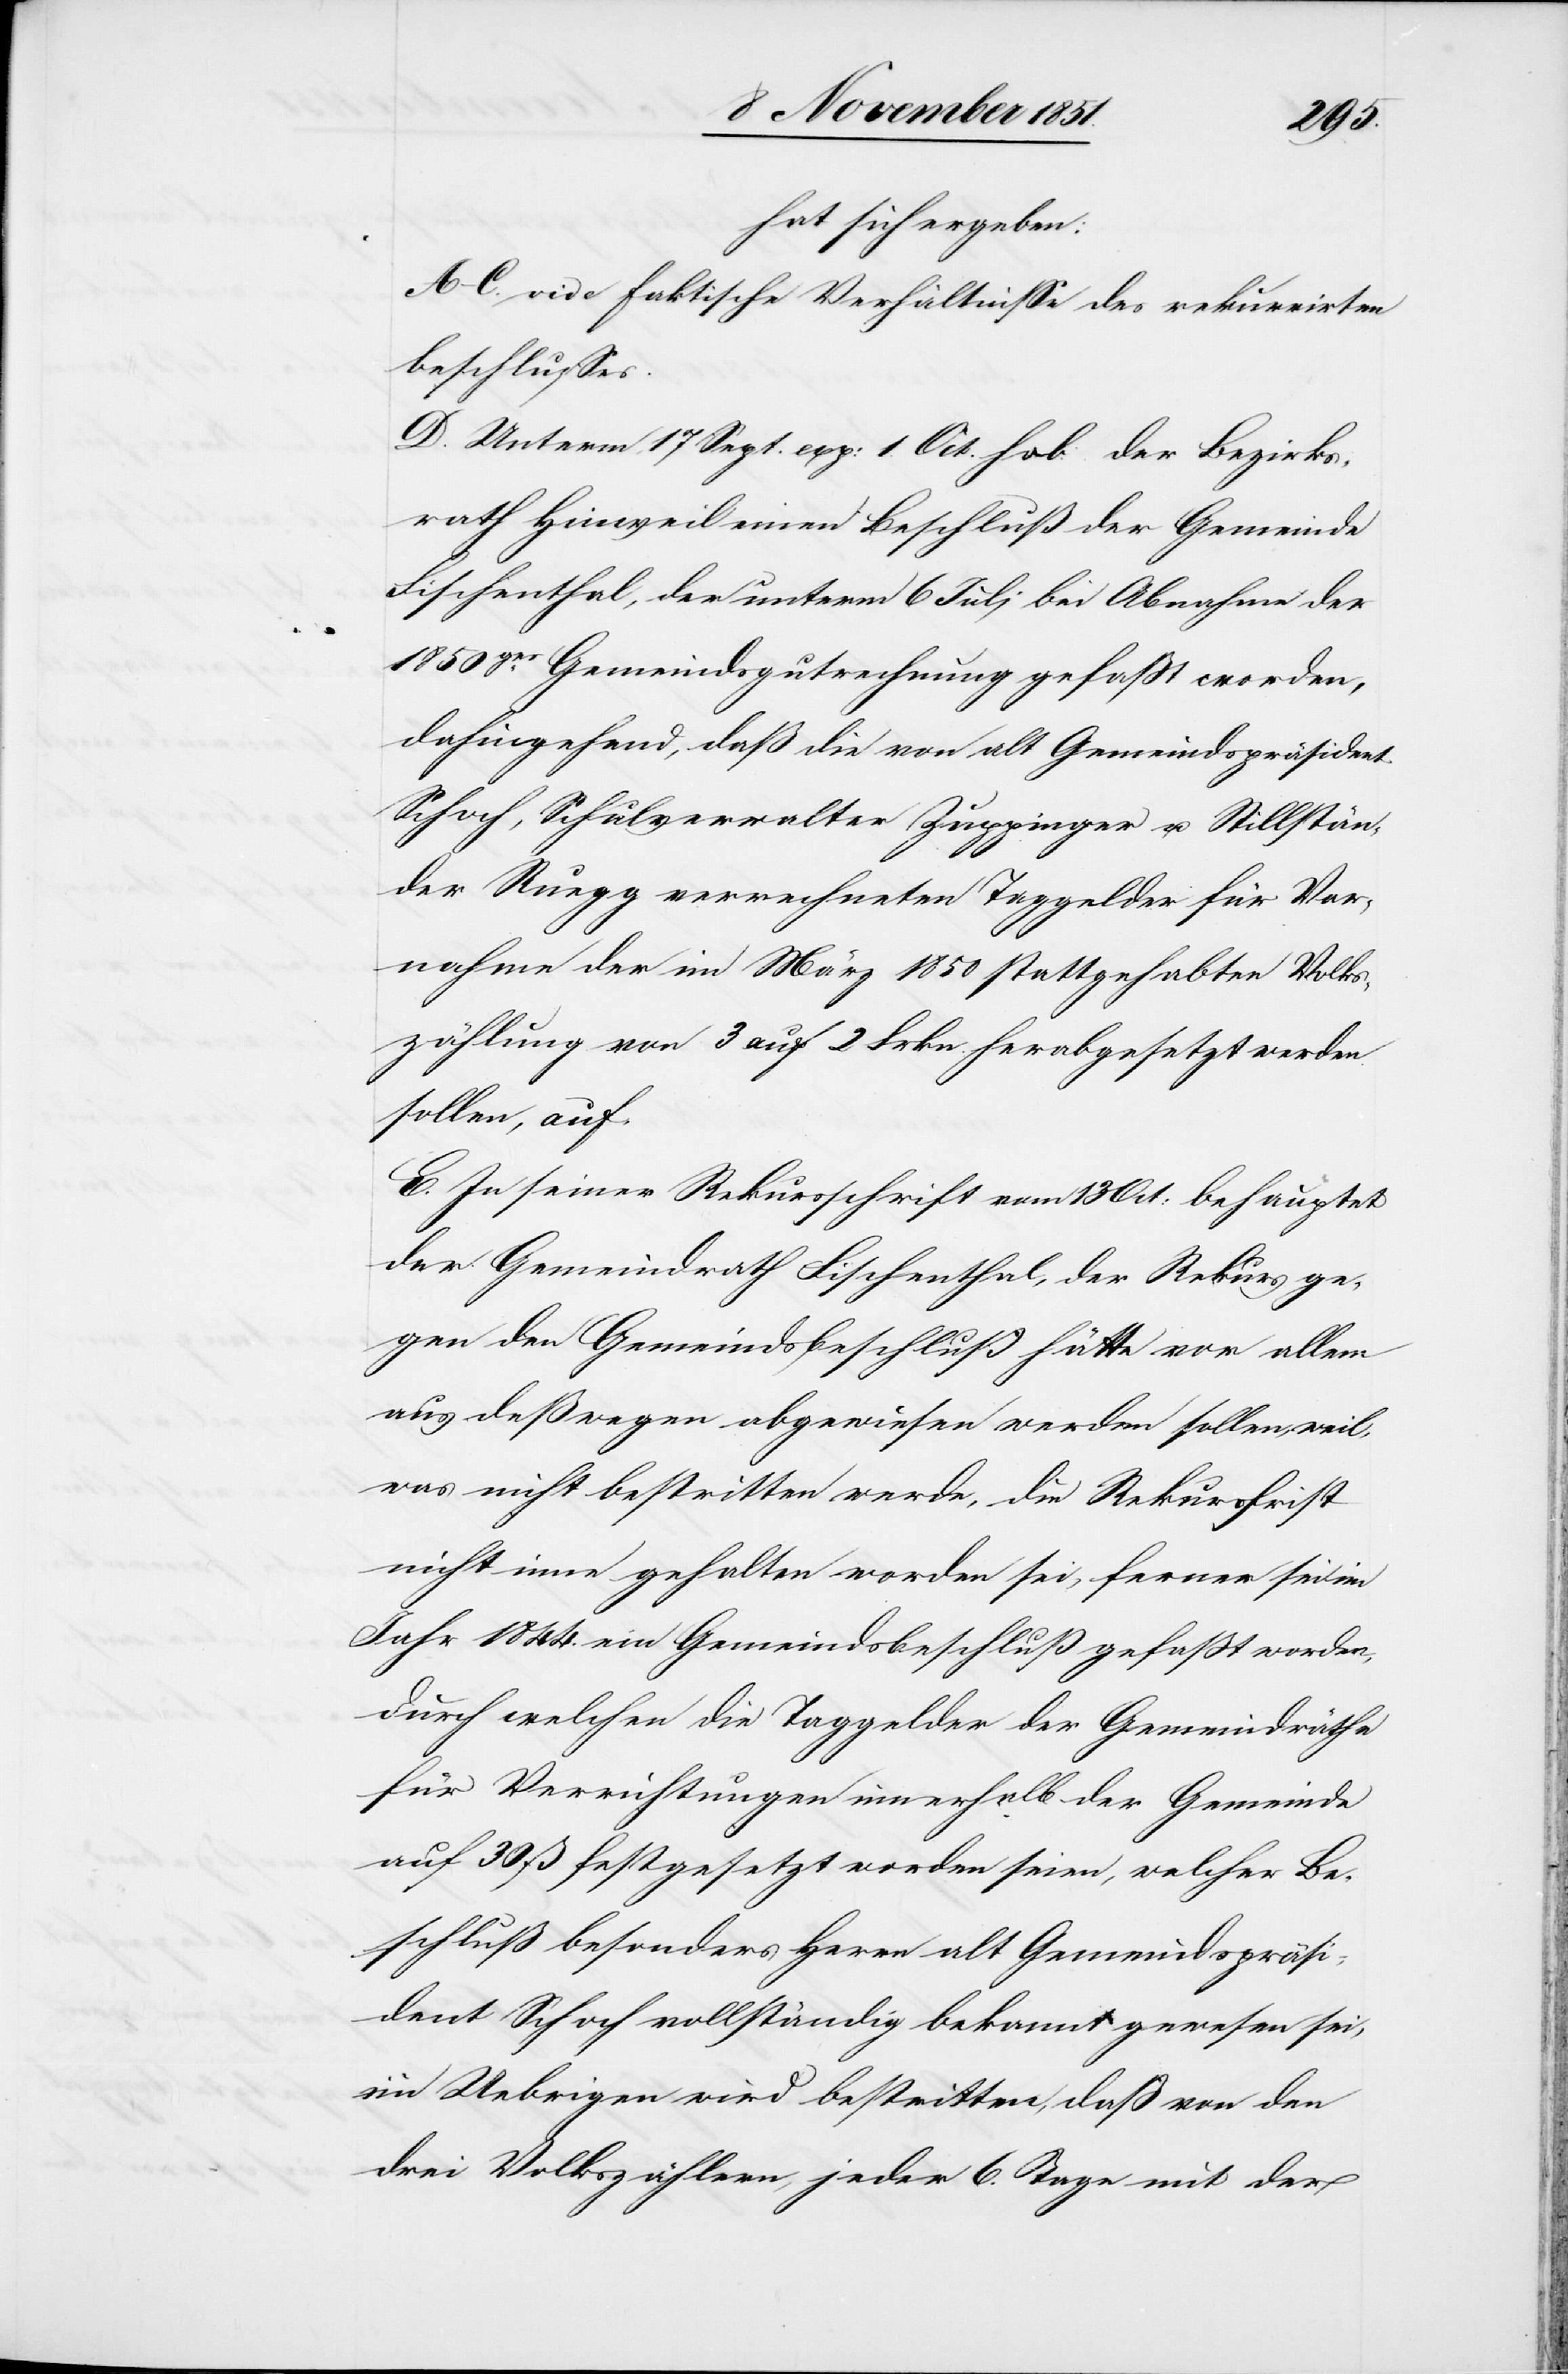
hat sich ergeben:
A–C. vide faktische Verhältnisse des rekurrirten
Beschlusses.
D. Unterm 17 Sept. exp: 1. Oct. hob der Bezirks¬
rath Hinweil einen Beschluß der Gemeinde
Fischenthal, der unterm 6 Juli bei Abnahme der
1850ger Gemeindsgutrechnung gefaßt worden,
dahingehend, daß die von alt Gemeindspräsident
Schoch, Schulverwalter Zuppinger u. Stillstän¬
der Ruegg verrechneten Taggelder für Vor¬
nahme der im März 1850 stattgehabten Volks¬
zählung von 3 auf 2 Frkn. herabgesetzt werden
sollen, auf.
E. In seiner Rekursschrift vom 13 Oct: behauptet
der Gemeindrath Fischenthal, der Rekurs ge¬
gen den Gemeindsbeschluß hätte vor allem
aus deßwegen abgewiesen werden sollen, weil,
was nicht bestritten werde, die Rekursfrist
nicht inne gehalten worden sei, ferner sei im
Jahr 1844. ein Gemeindsbeschluß gefaßt worden,
durch welchen die Taggelder der Gemeindräthe
für Verrichtungen innerhalb der Gemeinde
auf 30. ß festgesetzt worden seien, welcher Be¬
schluß besonders Herrn alt Gemeindspräsi¬
dent Schoch vollständig bekannt gewesen sei,
im Uebrigen wird bestritten, daß von den
drei Volkszählern, jeder 6. Tage mit der